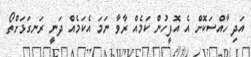
އަދި ހާއްސަކޮށް އެ އޮފީހުން ކަމެއް ރާވާ ނަމަ އެކަމެއް ދަނީ ރަނގަޅަށްތޯ